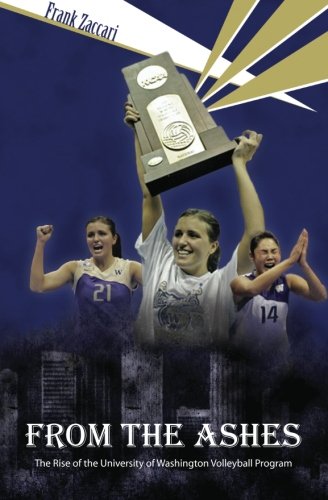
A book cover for From The Ashes: The Rise of the University of Washington Volleyball Program; Frank Zaccari; Sports & Outdoors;